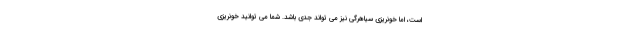
است، اما خونریزی سیاهرگی نیز می تواند جدی باشد. شما می توانید خونریزی